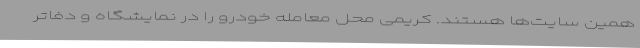
همین سایت‌ها هستند. کریمی محل معامله خودرو را در نمایشگاه و دفاتر